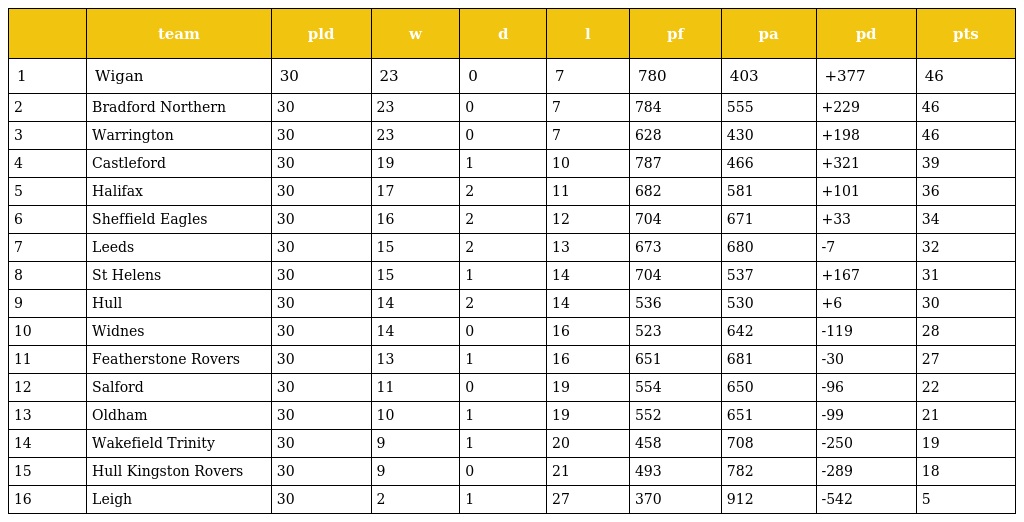
|  | team | pld | w | d | l | pf | pa | pd | pts |
 | --- | --- | --- | --- | --- | --- | --- | --- | --- | --- |
 | 1 | Wigan | 30 | 23 | 0 | 7 | 780 | 403 | +377 | 46 |
 | 2 | Bradford Northern | 30 | 23 | 0 | 7 | 784 | 555 | +229 | 46 |
 | 3 | Warrington | 30 | 23 | 0 | 7 | 628 | 430 | +198 | 46 |
 | 4 | Castleford | 30 | 19 | 1 | 10 | 787 | 466 | +321 | 39 |
 | 5 | Halifax | 30 | 17 | 2 | 11 | 682 | 581 | +101 | 36 |
 | 6 | Sheffield Eagles | 30 | 16 | 2 | 12 | 704 | 671 | +33 | 34 |
 | 7 | Leeds | 30 | 15 | 2 | 13 | 673 | 680 | -7 | 32 |
 | 8 | St Helens | 30 | 15 | 1 | 14 | 704 | 537 | +167 | 31 |
 | 9 | Hull | 30 | 14 | 2 | 14 | 536 | 530 | +6 | 30 |
 | 10 | Widnes | 30 | 14 | 0 | 16 | 523 | 642 | -119 | 28 |
 | 11 | Featherstone Rovers | 30 | 13 | 1 | 16 | 651 | 681 | -30 | 27 |
 | 12 | Salford | 30 | 11 | 0 | 19 | 554 | 650 | -96 | 22 |
 | 13 | Oldham | 30 | 10 | 1 | 19 | 552 | 651 | -99 | 21 |
 | 14 | Wakefield Trinity | 30 | 9 | 1 | 20 | 458 | 708 | -250 | 19 |
 | 15 | Hull Kingston Rovers | 30 | 9 | 0 | 21 | 493 | 782 | -289 | 18 |
 | 16 | Leigh | 30 | 2 | 1 | 27 | 370 | 912 | -542 | 5 |